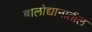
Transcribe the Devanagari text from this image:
बालोद्यानातील